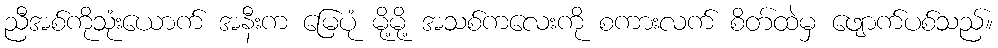
ညီအစ်ကိုသုံးယောက် အနီးက မြေပုံ မို့မို့ အသစ်ကလေးကို စကားလက် စိတ်ထဲမှ ဖျောက်ပစ်သည်။